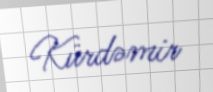
Kürdəmir